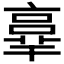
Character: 𠆆